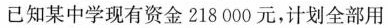
已知某中学现有资金218000元，计划全部用